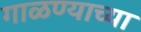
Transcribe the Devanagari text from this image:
गाळण्याच्या